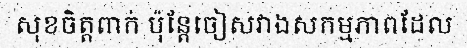
សុខចិត្តពាក់ ប៉ុន្តែចៀសវាងសកម្មភាពដែល